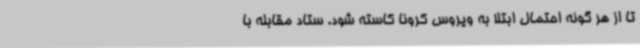
تا از هر گونه احتمال ابتلا به ویروس کرونا کاسته شود. ستاد مقابله با